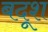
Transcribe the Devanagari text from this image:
बदूश